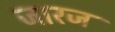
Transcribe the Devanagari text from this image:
जारज